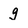
Character: g